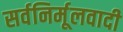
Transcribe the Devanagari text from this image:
सर्वनिर्मूलवादी